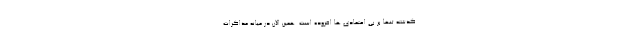
گذشته تنها بر بی اعتمادی ها افزوده است. همین الان در میانه مذاکرات